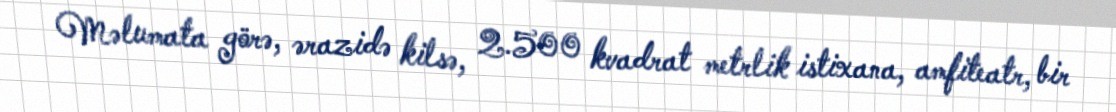
Məlumata görə, ərazidə kilsə, 2.500 kvadrat metrlik istixana, amfiteatr, bir